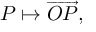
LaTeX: P \mapsto { \overrightarrow { O P } } ,